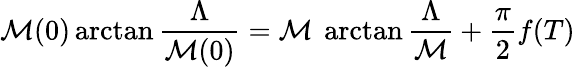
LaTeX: \mathcal{M}(0)\arctan\frac{{\Lambda}}{{\mathcal{M}(0)}}=\mathcal{M}\ \arctan\frac{{\Lambda}}{{\mathcal{M}}}+\frac{{\pi}}{{2}}f(T)